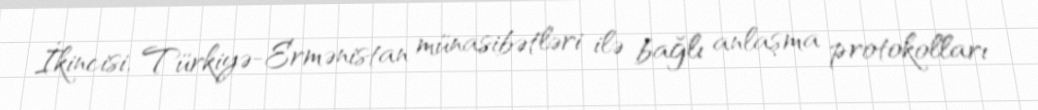
İkincisi, Türkiyə-Ermənistan münasibətləri ilə bağlı anlaşma protokolları